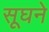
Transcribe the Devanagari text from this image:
सूघने